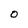
Character: O